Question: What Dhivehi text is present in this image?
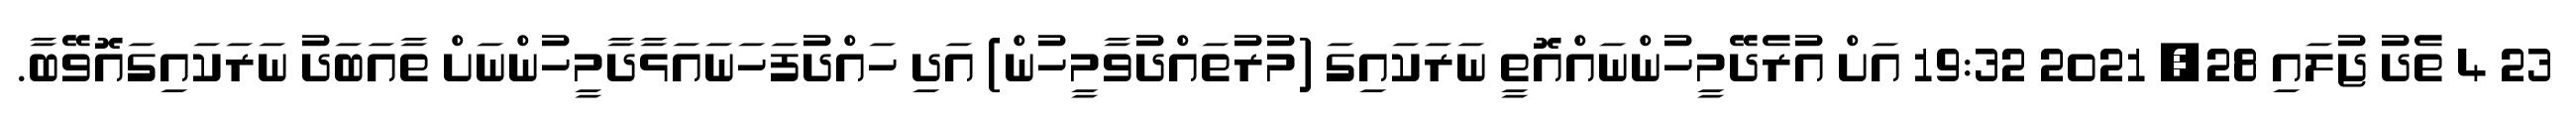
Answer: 23 4 ތެދު ޖުލައި 28, 2021 19:32 އަށް އުރެދޭމީހުންނައްއޮތީ ނަރަކައިގަ (މުރުތައްދުވާމީހުން) އަދި ހައްދުފަހަނައަޅާދާމީހުންނަށް ތާއަބަދު ނަރަކައިގައޮވޭބާ.